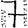
Digit: 7